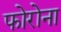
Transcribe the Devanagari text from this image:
फोरोना